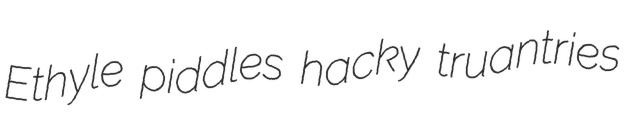
Ethyle piddles hacky truantries